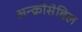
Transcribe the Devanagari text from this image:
अन्क्रोसेबिल